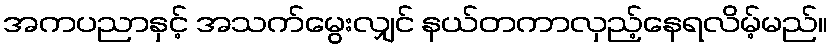
အကပညာနှင့် အသက်မွေးလျှင် နယ်တကာလှည့်နေရလိမ့်မည်။